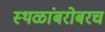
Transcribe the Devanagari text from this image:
स्थळांबरोबरच